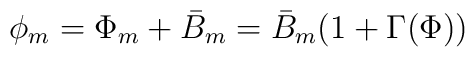
\phi_{m} = \Phi_{m} + \bar{B}_{m} = \bar{B}_{m}(1+\Gamma(\Phi))